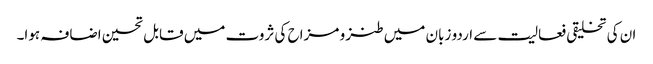
ان کی تخلیقی فعالیت سے اردو زبان میں طنز و مزاح کی ثروت میں قابل تحسین اضافہ ہوا۔